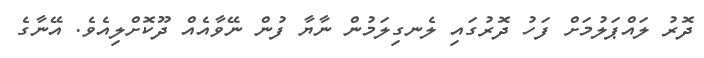
ދޮރު ލައްޕަލުމަށް ފަހު ދޮރުގައި ލެނގިލަމުން ނާޔާ ފުން ނޭވާއެއް ދޫކޮށްލިއެވެ. އޭނާގެ